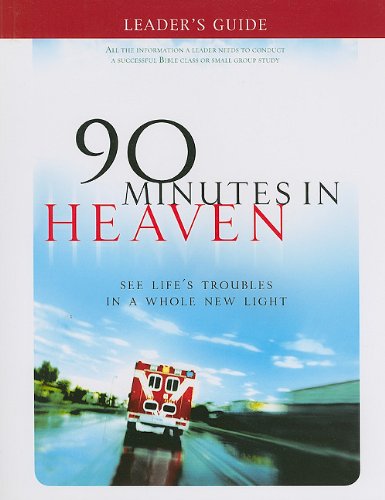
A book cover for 90 Minutes in Heaven Leader's Guide: See Life's Troubles in a Whole New Light; Don Piper; Children's Books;